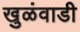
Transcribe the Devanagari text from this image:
खुळंवाडी